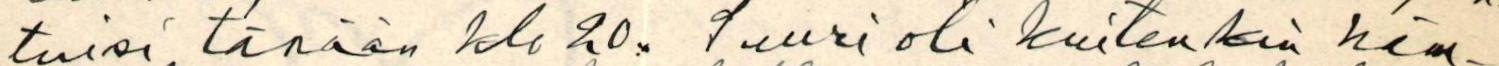
tuisi tänään klo 20. Suuri oli kuitenkin häm-